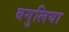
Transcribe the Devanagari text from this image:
बगुलिया